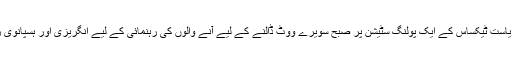
‘سپر منگل’ میں شامل ریاست ٹیکساس کے ایک پولنگ سٹیشن پر صبح سویرے ووٹ ڈالنے کے لیے آنے والوں کی رہنمائی کے لیے انگریزی اور ہسپانوی زبان میں لگا سائن بورڈ۔